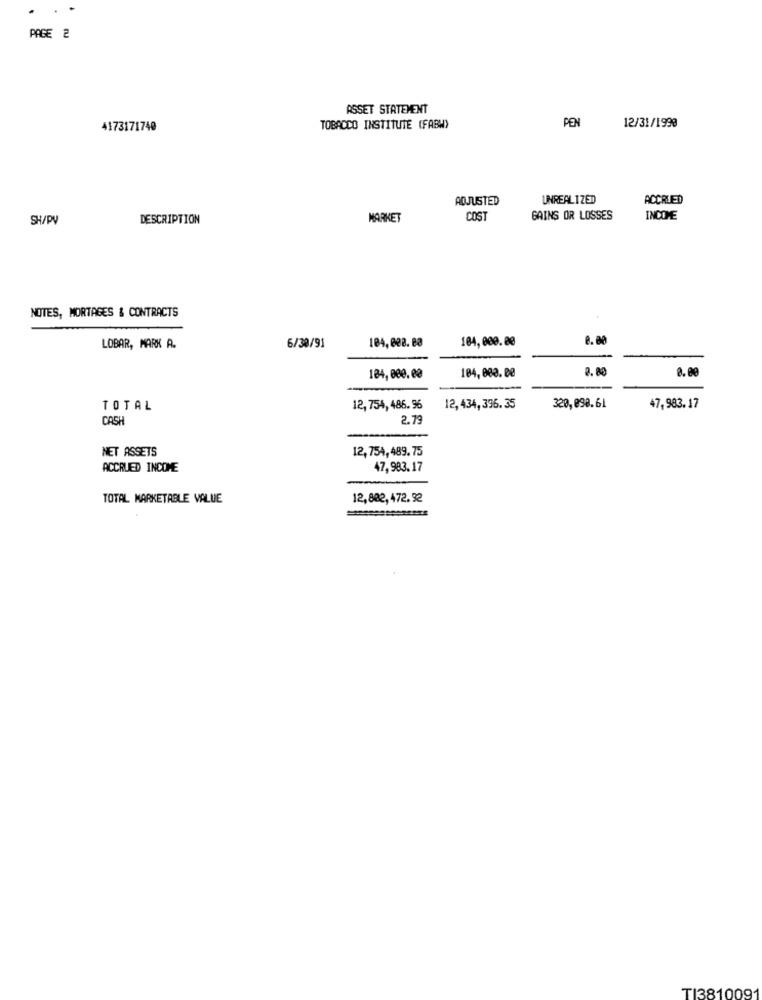
.
PAGE 2
ASSET STATEMENT
PEN
4173171740
TOBACCO INSTITUTE (FABW)
12/31/1990
ADJUSTED
UNREALIZED
ACCRUED
SH/PV
DESCRIPTION
MARKET
COST
GAINS OR LOSSES
INCOME
NOTES, MORTAGES & CONTRACTS
104,000.00
LOBAR, MARK A.
6/30/91
104,008. 80
2.80
0.00
184, 000.00
104,000.00
TOTAL
12, 754, 486. 96
12, 434, 396.35
320, 098.61
47,983.17
CASH
2.79
NET ASSETS
12,754,489.75
ACCRUED INCOME
47,983.17
TOTAL MARKETABLE VALUE
12,882,472.92
TI3810091